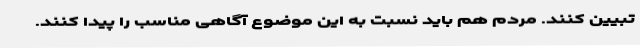
تبیین کنند. مردم هم باید نسبت به این موضوع آگاهی مناسب را پیدا کنند.